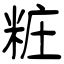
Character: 粧